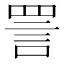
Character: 詈